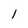
Character: I